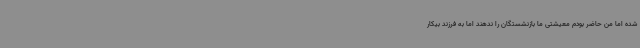
شده اما من حاضر بودم معیشتی ما بازنشستگان را ندهند اما به فرزند بیکار